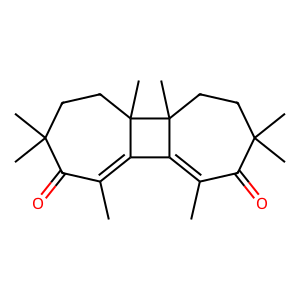
SMILES: CC1=C2C3=C(C)C(=O)C(C)(C)CCC3(C)C2(C)CCC(C)(C)C1=O
Inhibits HIV replication: No